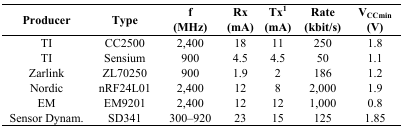
<table><thead><tr><td><b>Producer</b></td><td><b>Type</b></td><td><b>f (MHz)</b></td><td><b>Rx (mA)</b></td><td><b>Tx<sup>1</sup> (mA)</b></td><td><b>Rate (kbit/s)</b></td><td><b>V<sub>CCmin</sub> (V)</b></td></tr></thead><tbody><tr><td>TI</td><td>CC2500</td><td>2,400</td><td>18</td><td>11</td><td>250</td><td>1.8</td></tr><tr><td>TI</td><td>Sensium</td><td>900</td><td>4.5</td><td>4.5</td><td>50</td><td>1.1</td></tr><tr><td>Zarlink</td><td>ZL70250</td><td>900</td><td>1.9</td><td>2</td><td>186</td><td>1.2</td></tr><tr><td>Nordic</td><td>nRF24L01</td><td>2,400</td><td>12</td><td>8</td><td>2,000</td><td>1.9</td></tr><tr><td>EM</td><td>EM9201</td><td>2,400</td><td>12</td><td>12</td><td>1,000</td><td>0.8</td></tr><tr><td>Sensor Dynam.</td><td>SD341</td><td>300–920</td><td>23</td><td>15</td><td>125</td><td>1.85</td></tr></tbody></table>